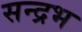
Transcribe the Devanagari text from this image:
सन्द्रभ